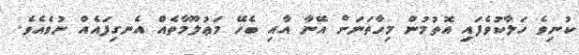
ކުނިވެ ހަލާކުވެފައި އޮތުމުން މިހާތަނަށް އޭނާ އާއި ބެހޭ މަޢުލޫމާތެއް އެނގިފައެއް ނުވެއެވެ.